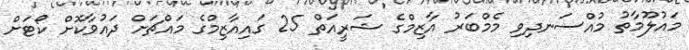
މައުލޫމާތު މުއްސަނދިވި މެމްބަރު އާޒިމްގެ ޝަރީއަތް 25 ގައިއާޒިމްގެ މައްޗަށް ދައުވާކޮށް ކޯޓަށް